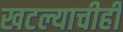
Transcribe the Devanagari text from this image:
खटल्याचीही